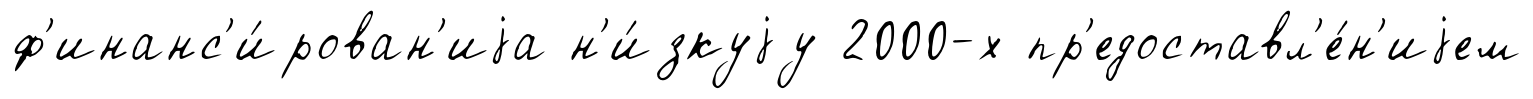
ф'инанс'и́рован'иjа н'и́зкуjу 2000-х пр'едоставл'е́н'иjем